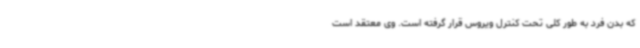
که بدن فرد به طور کلی تحت کنترل ویروس قرار گرفته است. وی معتقد است